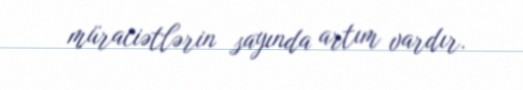
müraciətlərin sayında artım vardır.